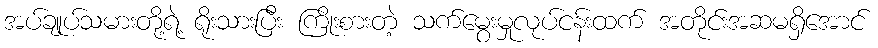
အပ်ချုပ်သမားတို့ရဲ့ ရိုးသားပြီး ကြိုးစားတဲ့ သက်မွေးမှုလုပ်ငန်းထက် အတိုင်းအဆမရှိအောင်